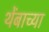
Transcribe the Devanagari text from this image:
थेंबाच्या